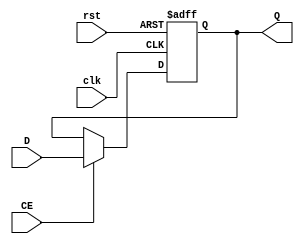
`timescale 1ns / 1ps
//////////////////////////////////////////////////////////////////////////////////
// Company: 
// Engineer: 
// 
// Design Name: 
// Module Name:    REG32 
// Project Name: 
// Target Devices: 
// Tool versions: 
// Description: 
//
// Dependencies: 
//
// Revision: 
// Revision 0.01 - File Created
// Additional Comments: 
//
//////////////////////////////////////////////////////////////////////////////////
module REG32(
	input clk,
	input rst,
	input CE,
	input [31:0] D,
	output reg [31:0] Q
);

always @(posedge clk or posedge rst) begin
	if (rst) Q <= 0;
	else if (CE) Q <= D;
end

endmodule